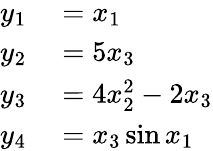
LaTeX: \begin{array}{rl}{y_{1}}&{{}=x_{1}}\\ {y_{2}}&{{}=5x_{3}}\\ {y_{3}}&{{}=4x_{2}^{2}-2x_{3}}\\ {y_{4}}&{{}=x_{3}\sin x_{1}}\end{array}